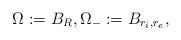
LaTeX: \begin{align*} \Omega:=B_R, \Omega_-:=B_{r_i,r_e},\end{align*}